Vaccination report Assam 1874-1896 - 1874-1896
Year: 1874
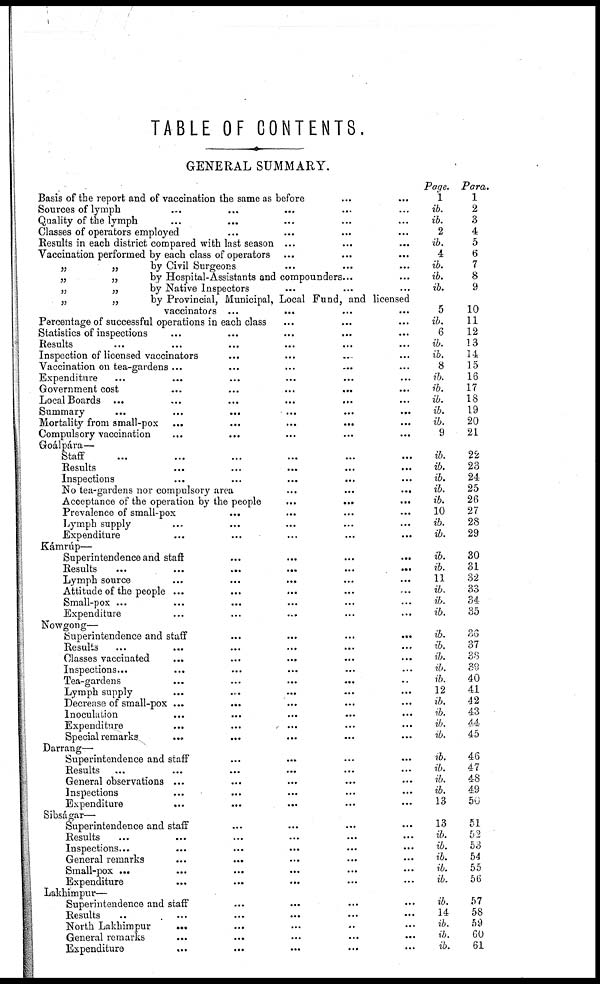
TABLE OF CONTENTS.
GENERAL SUMMARY.
Basis of the report and of vaccination the same as before... ...
Sources of lymph... ... ... ... ...
Quality of the lymph... ... ... ... ...
Classes of operators employed... ... ... ... ...
Results in each district compared with last season. . . ... ... ... ...
Vaccination performed by each class of operators... ... ...
„
„
by Civil Surgeons... ... ...
„
„
by Hospital-Assistants and compounders... ...
„
„
by Native Inspectors... ... ...
„
„
by Provincial, Municipal, Local Fund, and licensed
vaccinators... ... ... ...
Percentage of successful operations in each class... ... ...
Statistics of inspections... ... ...
Results... ... ... ... ...
Inspection of licensed vaccinators... ... ... ...
Vaccination on tea-gardens ... ... ...
Expenditure...
...
...
Government cost... ... ... ...
Local
Boards...
...
...
...
...
Summary... ... ... ... ...
Mortality from
small-pox...
...
...
...
Compulsory vaccination... ... ... ...
Goálpára—
Staff...
...
...
...
...
Results... ... ... ... ...
Inspections... ... ... ...
No tea-gardens nor compulsory
area...
...
...
...
Acceptance of the operation by the
people...
...
...
Prevalence of
small-pox...
...
...
...
Lymph supply... ... ...
Expenditure...
...
Kámrúp—
Superintendence and staff... ... ...
Results...
...
...
...
...
...
Lymph
source...
...
...
...
Attitude of the people... ... ... ...
Small-pox...
...
...
...
Expenditure... ... ...
Nowgong—
Superintendence and
staff...
...
...
...
Results... ... ...
Classes vaccinated... ... ...
Inspections... ... ...
Tea-gardens...
...
...
...
...
Lymph
supply...
...
...
...
...
Decrease of small-pox ... ... ... ...
Inoculation... ... ...
Expenditure... ...
Special remarks... ... ... ...
Darrang—
Superintendence and staff... ... ...
Results...
...
...
...
...
General observations... ... ... ... ...
Inspections... ... ...
Expenditure...
...
...
Sibságar—
Superintendence and staff... ... ...
Results...
...
Inspections...
...
...
...
...
General
remarks...
...
...
Small-pox...
...
...
...
...
Expenditure... ... ...
Lakhimpur—
Superintendence and staff... ... ...
Results... ... ...
North Lakhimpur... ... ...
General remarks... ... ...
Expenditure...
...
...
Page.
1
ib.
ib.
2
ib.
4
ib.
ib.
ib.
5
ib.
6
ib.
ib.
8
ib.
ib.
ib.
ib.
ib.
9
ib.
ib.
ib.
ib.
ib.
10
ib.
ib.
ib.
ib.
11
ib.
ib.
ib.
ib.
ib.
ib.
ib.
ib.
12
ib.
ib.
ib.
ib.
ib.
ib.
ib.
ib.
13
13
ib.
ib.
ib.
ib.
ib.
ib.
14
ib.
ib.
ib.
Para.
1
2
3
4
5
6
7
8
9
10
11
12
13
14
15
16
17
18
19
20
21
22
23
24
25
26
27
28
29
30
31
32
33
34
35
26
37
38
39
40
41
42
43
44
45
46
47
48
49
50
51
52
53
54
55
56
57
58
59
60
61